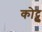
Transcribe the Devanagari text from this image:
कोट्टु